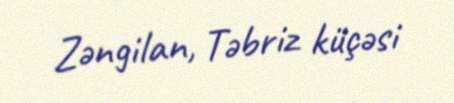
Zəngilan, Təbriz küçəsi